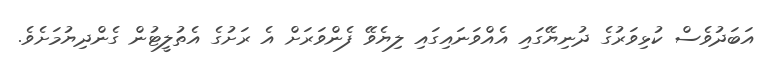
އަބަދުވެސް ކުޅިވަރުގެ ދުނިޔޭގައި އެއްވަނައިގައި ލިޔެވޭ ފެންވަރަށް އެ ރަށުގެ އެތުލީޓުން ގެންދިޔުމަށެވެ.